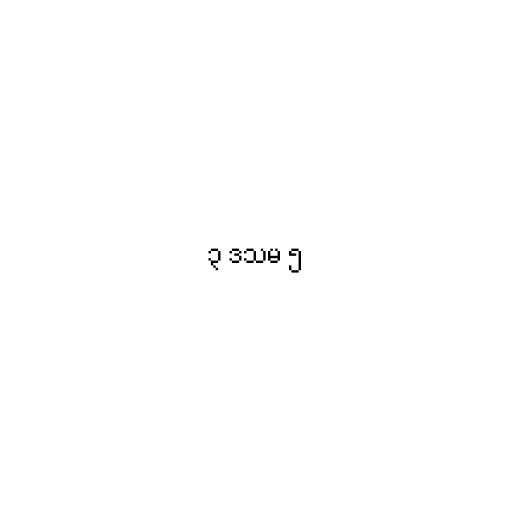
၃ ဒသမ ၅